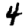
Digit: 4